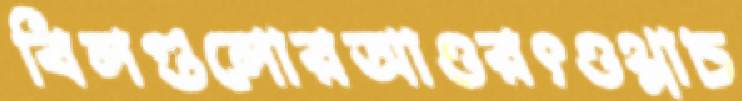
বিলগুলোরআওরৎওথ্‌লাচ